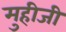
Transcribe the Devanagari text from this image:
मुहीजी